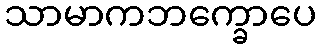
သာမာကဘက္ခောပေ